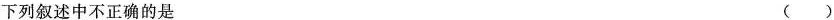
下列叙述中不正确的是 （）